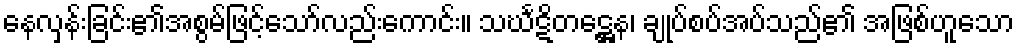
နေလှန်းခြင်း၏အစွမ်ဖြင့်သော်လည်းကောင်း။ သင်္ဃဋိတဋ္ဌေန၊ ချုပ်စပ်အပ်သည်၏ အဖြစ်ဟူသော